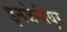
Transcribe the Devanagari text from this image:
इनजेनीयूर